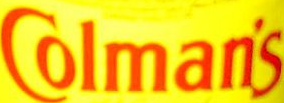
Colman's